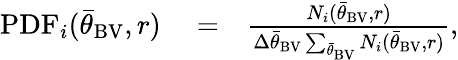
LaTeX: \begin{array}{rlr}{\mathrm{PDF}_{i}({\bar{\theta}}_{\mathrm{BV}},r)}&{{}=}&{\frac{N_{i}({\bar{\theta}}_{\mathrm{BV}},r)}{\Delta{\bar{\theta}}_{\mathrm{BV}}\sum_{{\bar{\theta}}_{\mathrm{BV}}}N_{i}({\bar{\theta}}_{\mathrm{BV}},r)},}\end{array}